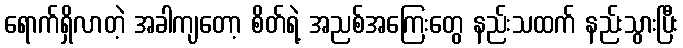
ရောက်ရှိလာတဲ့ အခါကျတော့ စိတ်ရဲ့ အညစ်အကြေးတွေ နည်းသထက် နည်းသွားပြီး